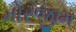
મોરજીમ